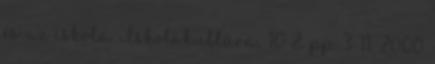
és az iskola. Iskolakultúra, 10 2. pp. 3-11. 2000